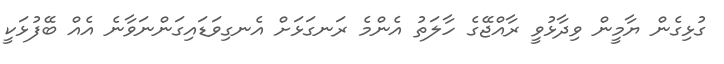
ގުޅިގެން ޔާމީން ވިދާޅުވީ ރާއްޖޭގެ ހާލަތު އެންމެ ރަނގަޅަށް އެނގިވަޑައިގަންނަވާނެ އެއް ބޭފުޅަކީ